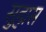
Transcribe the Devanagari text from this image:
सुह्मस